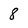
Character: 8